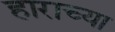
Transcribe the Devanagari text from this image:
हाराच्या